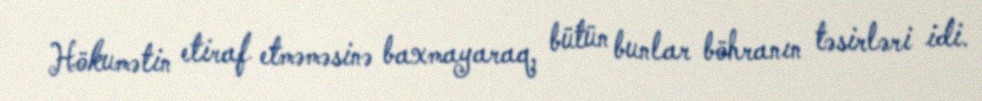
Hökumətin etiraf etməməsinə baxmayaraq, bütün bunlar böhranın təsirləri idi.